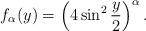
LaTeX: \begin{align*}f_\alpha (y) =\left(4\sin^2\frac{y}{2}\right)^{\alpha}.\end{align*}